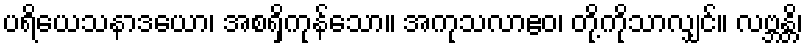
ပရိယေသနာဒယော၊ အစရှိကုန်သော။ အကုသလာဧဝ၊ တို့ကိုသာလျှင်။ လဗ္ဘန္တိ၊